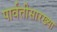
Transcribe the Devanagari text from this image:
पार्वतीसारख्या